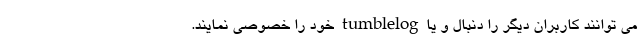
می توانند کاربران دیگر را دنبال و یا tumblelog خود را خصوصی نمایند.